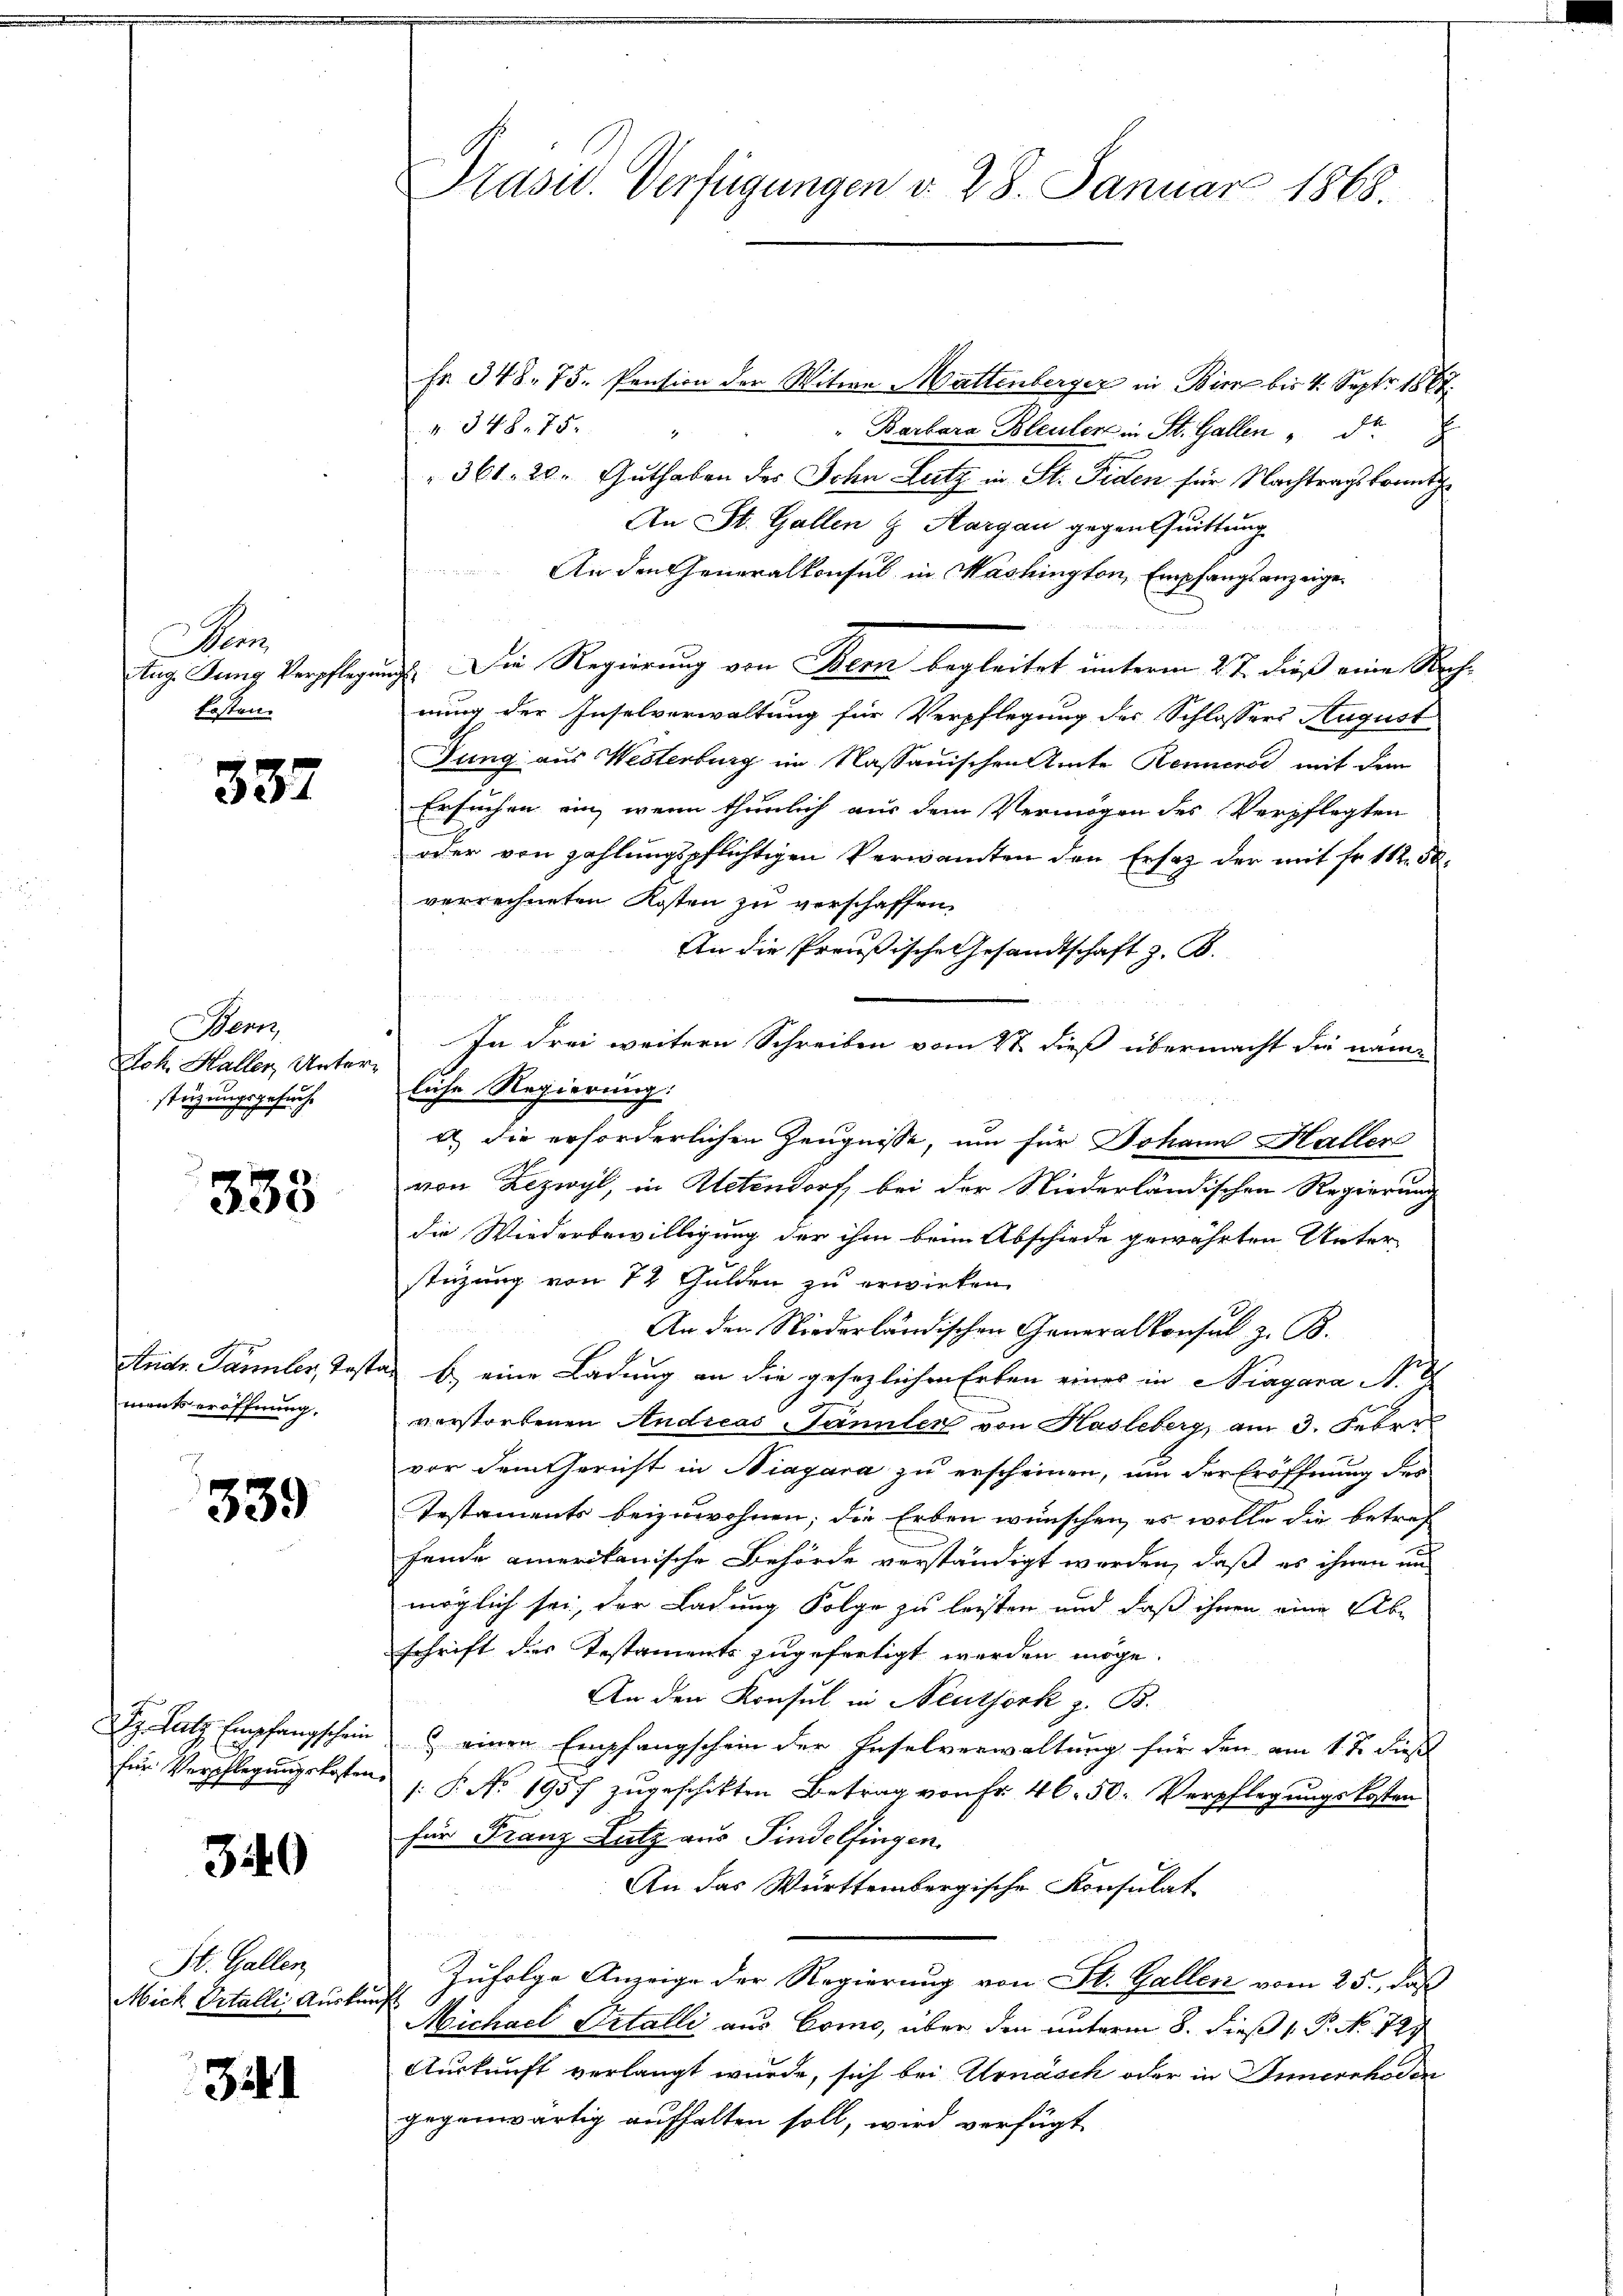
Wei
Ersten.

337

Neunz
Loh. Haller Unter.
stüzungsgesuche

333

ments eröffnung.

339

für Verpflegungskosten

340

St. Gallen
Mich Vitalli Auskunft

341

Präsid. Verfügungen v. 28. Januar 1868.

Fr. 348. 75. Pension der Witwe Mattenberger in Bier bis 4. Sept. 1888.
4. 348,75.
" Barbara Bleuler in St. Gallen d.
361. 20. Guthaben des John Lutz in St. Fiden für Nachtragsfreuth
An St. Gallen & Aargau gegen Quittung
An den Generalkonsul in Mashington, Empfangs anzeigetug Jung Verpflegungs. Die Regierung von Bern begleitet unterm 27. dieß eine Rechnung der Inselverwaltung für Verpflegung des Schlossers August
Jung aus Westerburg im Nassauischen Amte Rennens mit dem
Ersuchen ein, wenn thunlich aus dem Vermögen des Verpflegten
oder von zahlungspflichtigen Verwandten den Ersatz der mit Fr. 112 50.
verrechneten Kosten zu verschaffen.
An die Preußische Gesandtschaft z. B.
In Frei weitern Schreiben vom 27. dieß übermacht die näm-
liche Regierung.
a) die erforderlichen Zeugnisse, um für Johann Haller
von Zezwyl, in Actendorf, bei der Niederländischen Regierung
die Wiederbewilligung der ihm beim Abschiede gewährten Unter-
stüzung von 72 Gulden zu erwirken.
An den Niederländischen Generalkonsul z. B.
Andr. Dammler, Testan b.) eine Ladung an die gesezlichen Erben eines in Fragana A. G
verstorbenen Andicas Sannler von Hasleberg, am 3. Feber
vor dem Gericht in Niagara zu erscheinen, um der Eröffnung des
Testaments beizuwohnen; die Erben wünschen, es wolle die betref
fende amerikanische Behörde verständigt werden, daß es ihnen un
möglich sei, der Ladung Folge zu leisten und daß ihnen eine Abschrift des Testaments zugefertigt werden möge.
An den Konsul in Neuthork z. B.
Dr. Satz Empfangschein & einen Empfangschein der Inselverwaltung für den am 17. dieß
: P. No. 1957 zugeschikten Betrag von Fr. 46. 50. Verpflegungskosten
für Franz Lutz aus Findelfingen.
An das Württembergische Konsulat
Zufolge Anzeige der Regierung von St. Gallen vom 25., daß
Michael Petalli aus Como, über den unterm 8. dieß P. Nr. 727
Auskunft verlangt wurde, sich bei Urnasch oder in Innerrhoder
gegenwärtig aufhalten soll, wird verfügt